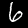
Digit: 6